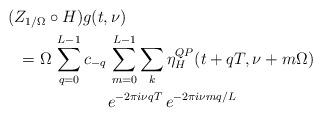
LaTeX: \begin{align*}& (Z_{1/\Omega}\circ H)g(t,\nu) \\& \hskip.1in = \Omega\,\sum_{q=0}^{L-1} c_{-q}\,\sum_{m=0}^{L-1}\sum_{k} \eta^{QP}_H(t+qT,\nu+m\Omega) \\& \hskip1in e^{-2\pi i\nu qT}\,e^{-2\pi i\nu mq/L} \end{align*}